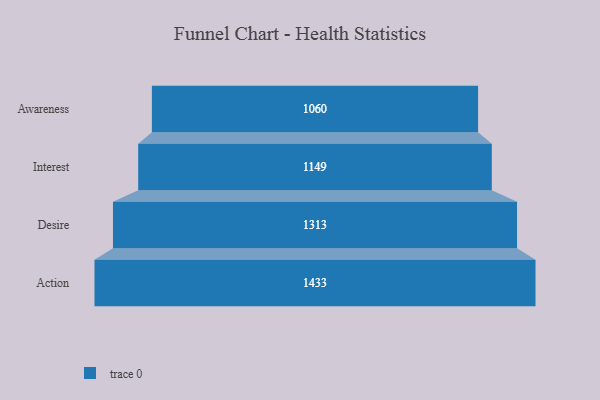
{"axis": {"x": "Stage", "y": "Value"}, "legend": [""], "data": [{"x": "Awareness", "y": 1060.0, "type": ""}, {"x": "Interest", "y": 1149.0, "type": ""}, {"x": "Desire", "y": 1313.0, "type": ""}, {"x": "Action", "y": 1433.0, "type": ""}]}